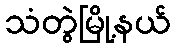
သံတွဲမြို့နယ်